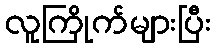
လူကြိုက်များပြီး